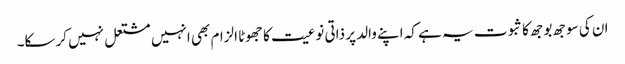
ان کی سوجھ بوجھ کا ثبوت یہ ہے کہ اپنے والد پر ذاتی نوعیت کا جھوٹا الزام بھی انہیں مشتعل نہیں کرسکا۔